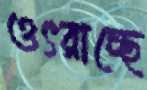
ওৎরাচ্ছে